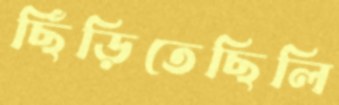
ছিঁড়িতেছিলি